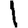
Digit: 1